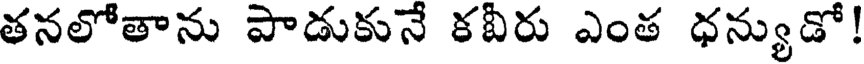
తనలోతాను పాడుకునే కవీరు ఎంత ధన్యుడో!